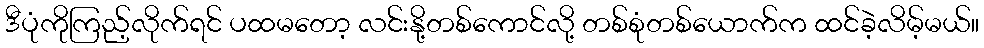
ဒီပုံကိုကြည့်လိုက်ရင် ပထမတော့ လင်းနို့တစ်ကောင်လို့ တစ်စုံတစ်ယောက်က ထင်ခဲ့လိမ့်မယ်။